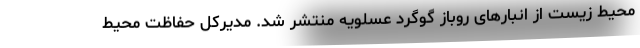
محیط زیست از انبارهای روباز گوگرد عسلویه منتشر شد. مدیرکل حفاظت محیط